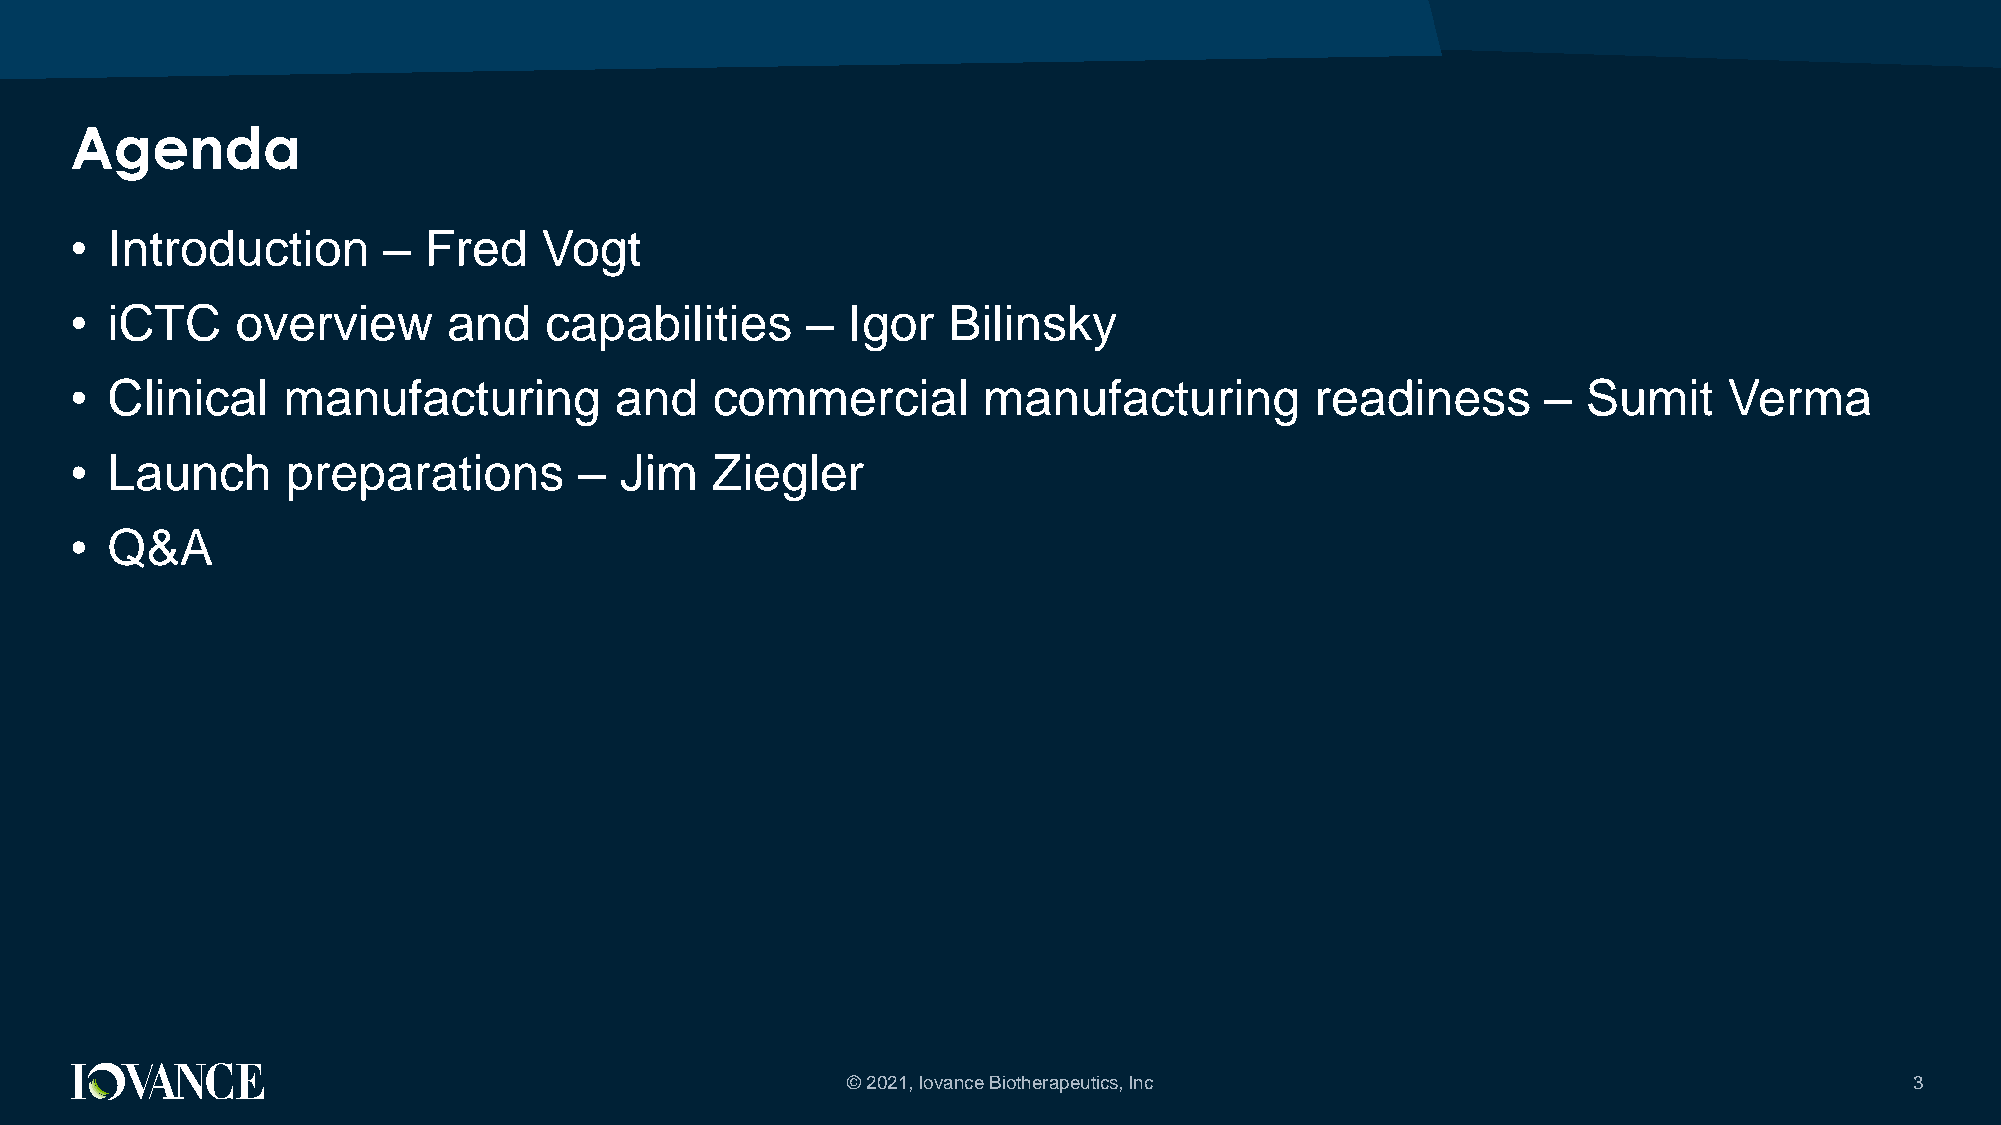
Agenda
 • Introduction      –  Fred    Vogt
 • iCTC     overview      and   capabilities     –  Igor   Bilinsky
 • Clinical    manufacturing         and   commercial        manufacturing         readiness      –  Sumit    Verma
 • Launch      preparations       –  Jim   Ziegler
 • Q&A
 © 2021, Iovance Biotherapeutics, Inc                                   3